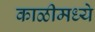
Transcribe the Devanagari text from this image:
काळीमध्ये